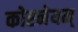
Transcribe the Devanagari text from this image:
कोरनेयम्